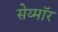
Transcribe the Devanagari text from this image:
सेय्मॉर